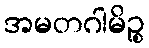
အမတဂါမိဉ္စ